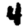
Digit: 4